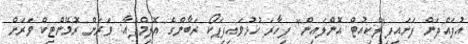
އުފައްދަން ފަށައިފި"ލެކިއުޓް އޮންލައިން" ފިހާރަ ހުޅުވައިފިޕަކޯ ރަބާންގެ އޮލިމްޕެއާ: ވަރަށް ރޮމޭންޓިކް ވަރަށް